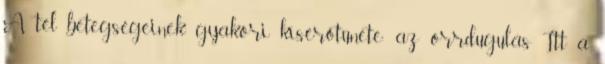
A tél betegségeinek gyakori kísérőtünete: az orrdugulás Itt a